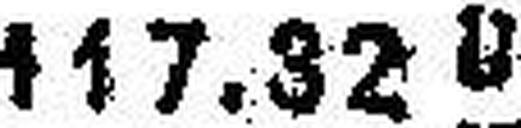
117.32 U